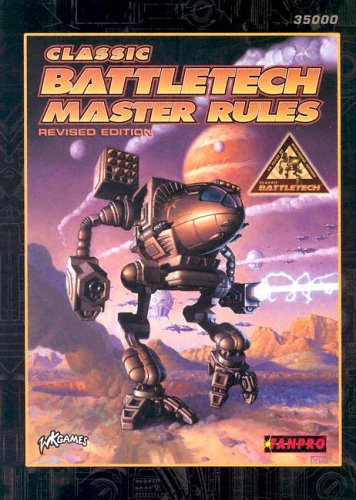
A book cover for Classic Battletech: Master Rules (FPR35000); FanPro; Science Fiction & Fantasy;